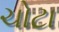
ચોટા